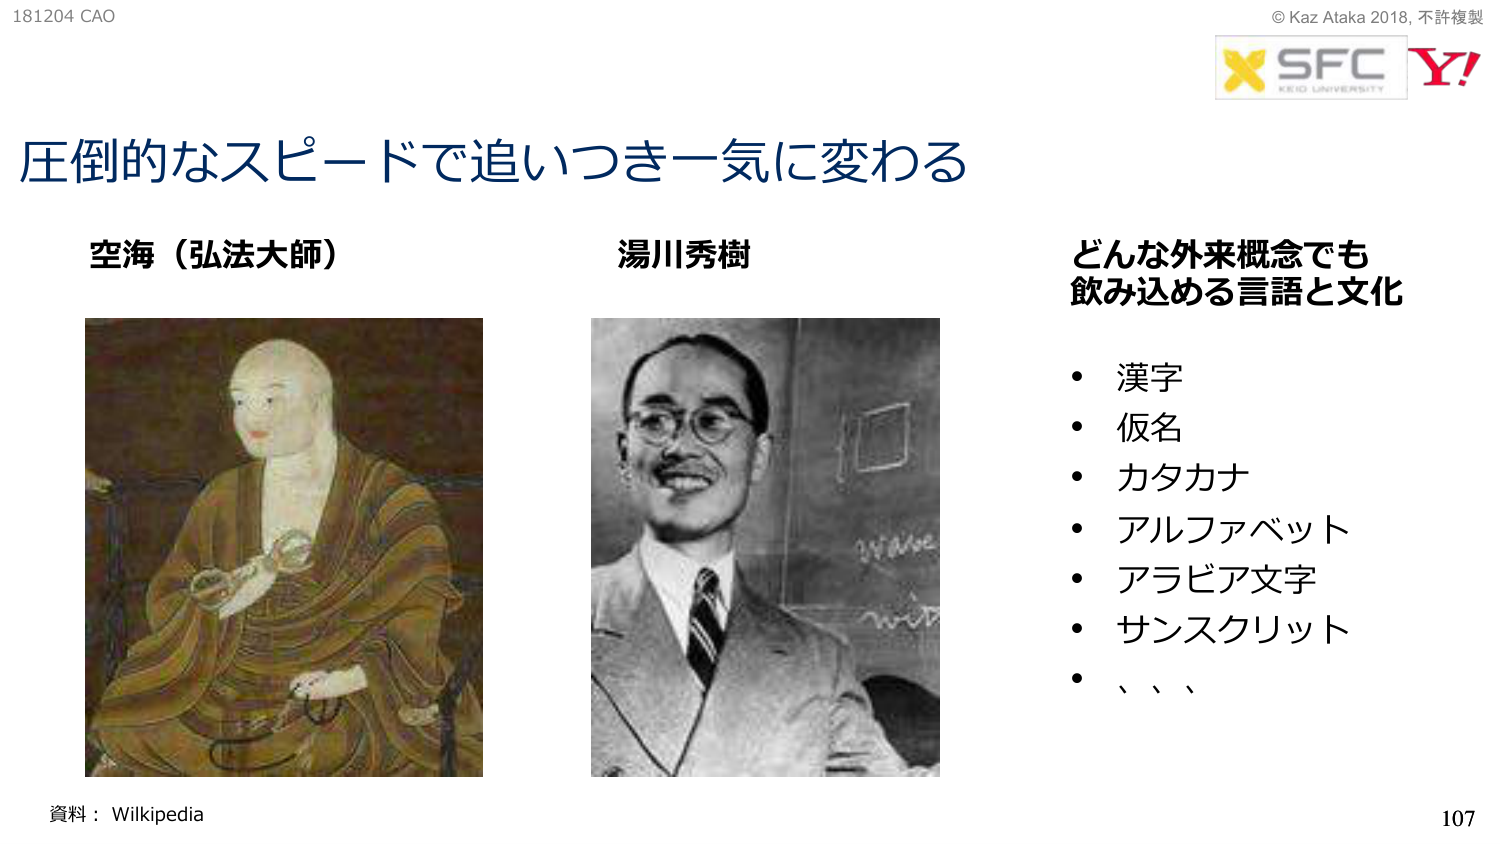
181204 CAO
© Kaz Ataka 2018, 不許複製
X SFC
KEIO UNIVERSITY
Y!

圧倒的なスピードで追いつき一気に変わる

空海（弘法大師）
湯川秀樹

どんな外来概念でも
飲み込める言語と文化
・ 漢字
・ 仮名
・ カタカナ
・ アルファベット
・ アラビア文字
・ サンスクリット
・ 、、、

資料：Wikipedia
107